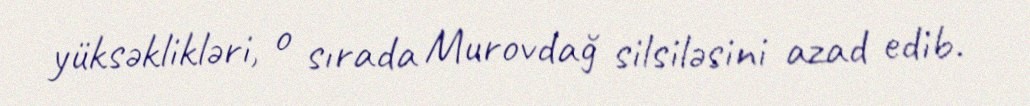
yüksəklikləri, o sırada Murovdağ silsiləsini azad edib.